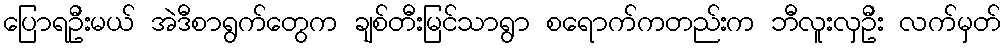
ပြောရဦးမယ် အဲဒီစာရွက်တွေက ချစ်တီးမြင်သာရွာ စရောက်ကတည်းက ဘီလူးလှဦး လက်မှတ်